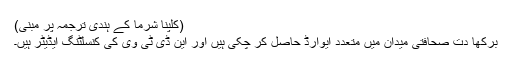
(کلپنا شرما کے ہندی ترجمہ پر مبنی)
برکھا دت صحافتی میدان میں متعدد ایوارڈ حاصل کر چکی ہیں اور این ڈی ٹی وی کی كنسلٹنگ ایڈیٹر ہیں۔